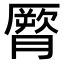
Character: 𦠒